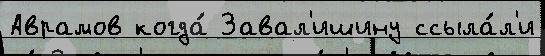
Аврамов когда́ Завал'ишину ссыла́л'и